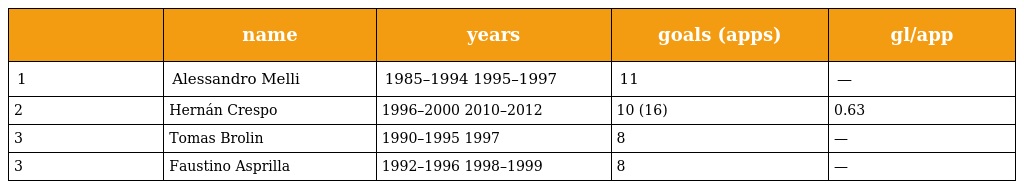
|  | name | years | goals (apps) | gl/app |
 | --- | --- | --- | --- | --- |
 | 1 | Alessandro Melli | 1985–1994 1995–1997 | 11 | — |
 | 2 | Hernán Crespo | 1996–2000 2010–2012 | 10 (16) | 0.63 |
 | 3 | Tomas Brolin | 1990–1995 1997 | 8 | — |
 | 3 | Faustino Asprilla | 1992–1996 1998–1999 | 8 | — |